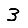
Digit: 3